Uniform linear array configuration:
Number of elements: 12
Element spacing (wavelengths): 0.75
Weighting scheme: blackman
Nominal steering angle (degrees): -60
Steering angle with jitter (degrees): -60.855
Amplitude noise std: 0.05
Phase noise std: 0.05

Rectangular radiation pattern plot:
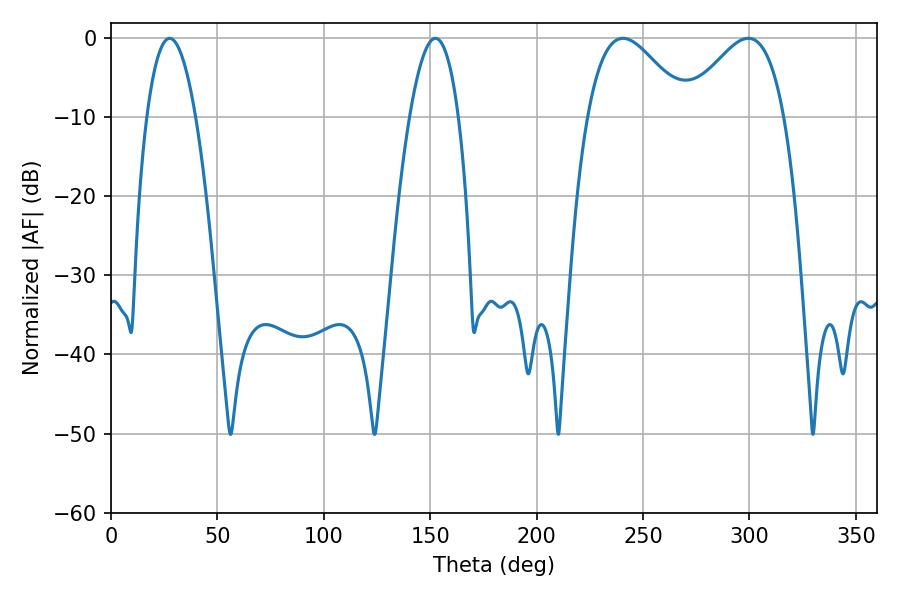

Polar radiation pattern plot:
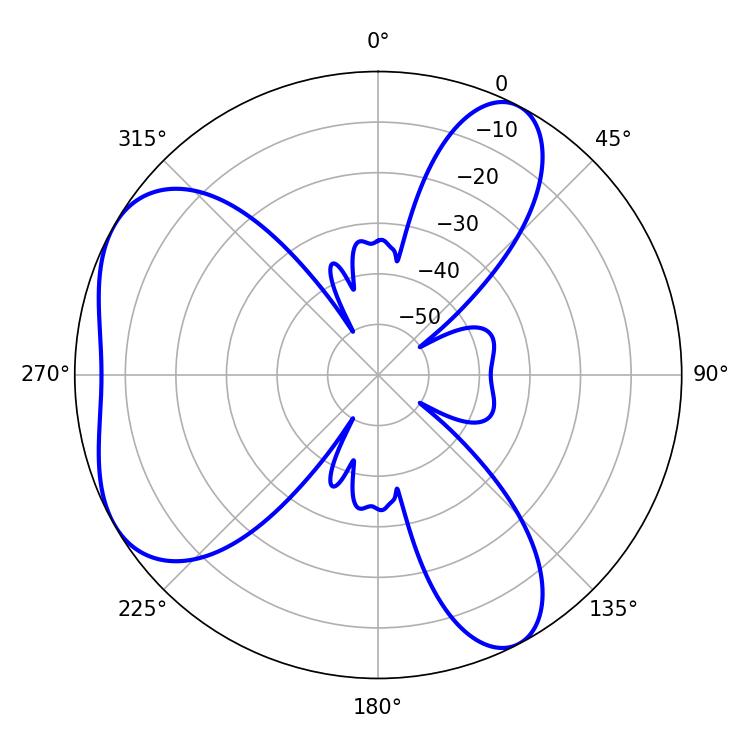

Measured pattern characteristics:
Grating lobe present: TRUE
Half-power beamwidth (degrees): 12.78
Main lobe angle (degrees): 27.54